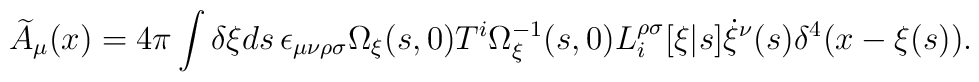
\widetilde{A}_{\mu}(x)=4\pi\int \delta\xi ds\, \epsilon_{\mu\nu\rho\sigma}{\Omega}_{\xi}(s,0)T^{i}{\Omega}_{\xi}^{-1}(s,0)L^{\rho\sigma}_{i}[\xi|s]\dot{\xi}^{\nu}(s)\delta^{4}(x-\xi(s)).